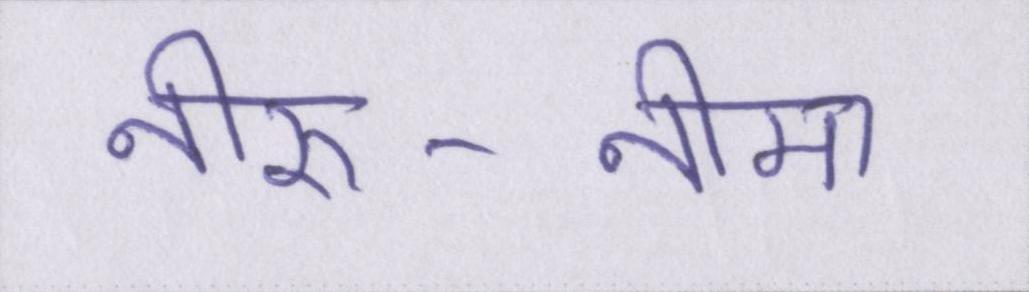
नीरु-नीमा